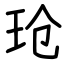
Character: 玱